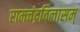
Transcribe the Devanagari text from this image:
रामचंद्रविलासम्